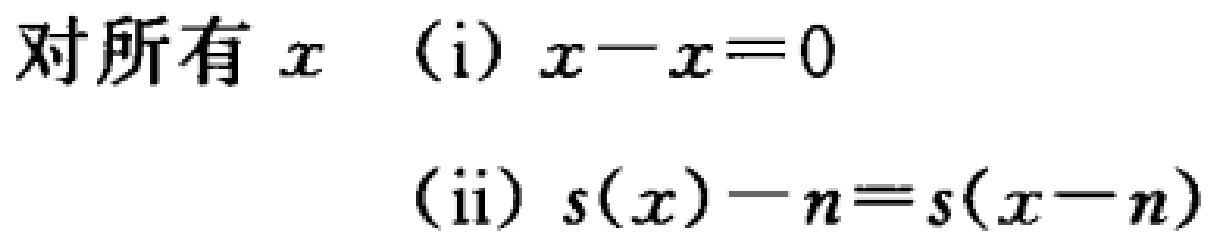
对所有 \(x\) （i）\(x - x = 0\)
（ii）\(s(x) - n = s(x - n)\)